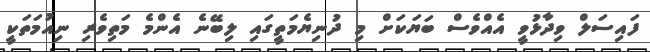
ފައިސަލް ވިދާޅުވީ އެއްވެސް ބަޔަކަށް މި ދުނިޔެމަތީގައި ލިބޭނެ އެންމެ މަތިވެރި ނިއުމަތަކީ